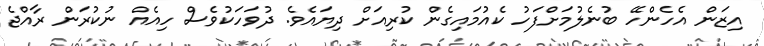
އިޒަން އެހެންހޭ ބުނެލުމަށްފަހު ކެއުމައިގެން ކުރިއަށް ދިޔައެވެ. ދުވަހަކުވެސް ހިއެއް ނުކުރަން ރާއްޖެ